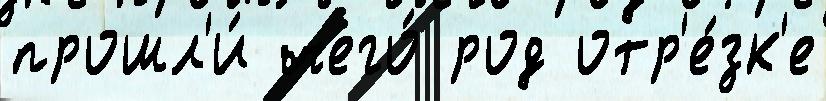
прошл'и́ чего́ род отр'е́зк'е